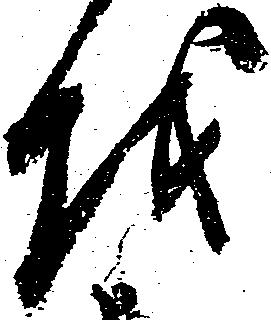
越